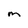
Character: M